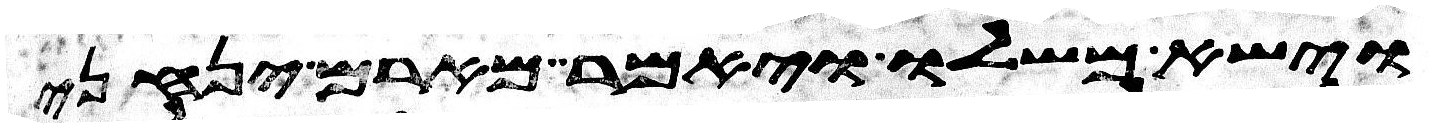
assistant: וישא משלו ויאמר מארם ינחני